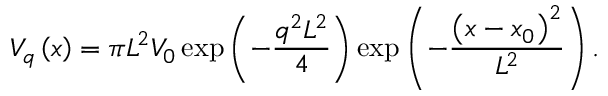
V _ { q } \left( x \right) = \pi L ^ { 2 } V _ { 0 } \exp \left( - \frac { q ^ { 2 } L ^ { 2 } } 4 \right) \exp \left( - \frac { \left( x - x _ { 0 } \right) ^ { 2 } } { L ^ { 2 } } \right) .